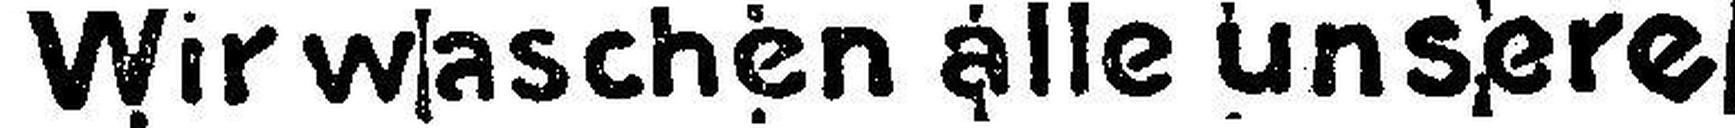
Wir waschen alle unsere